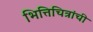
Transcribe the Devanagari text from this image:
भित्तिचित्रांची